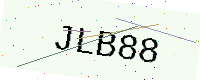
Text: JLB88